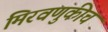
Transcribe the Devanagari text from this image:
मिरवणुकीचं